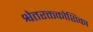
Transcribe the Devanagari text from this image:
श्वेतरक्तकोशिका